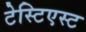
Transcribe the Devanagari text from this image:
टेस्टिएस्ट